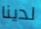
لدينا